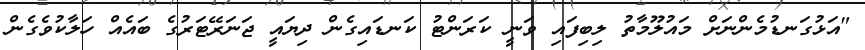
"އަޅުގަނޑުމެންނަށް މައުލޫމާތު ލިބިފައި ވަނީ ކަރަންޓު ކަނޑައިގެން ދިޔައީ ޖަނަރޭޓަރުގެ ބައެއް ހަލާކުވެގެން